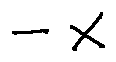
- x